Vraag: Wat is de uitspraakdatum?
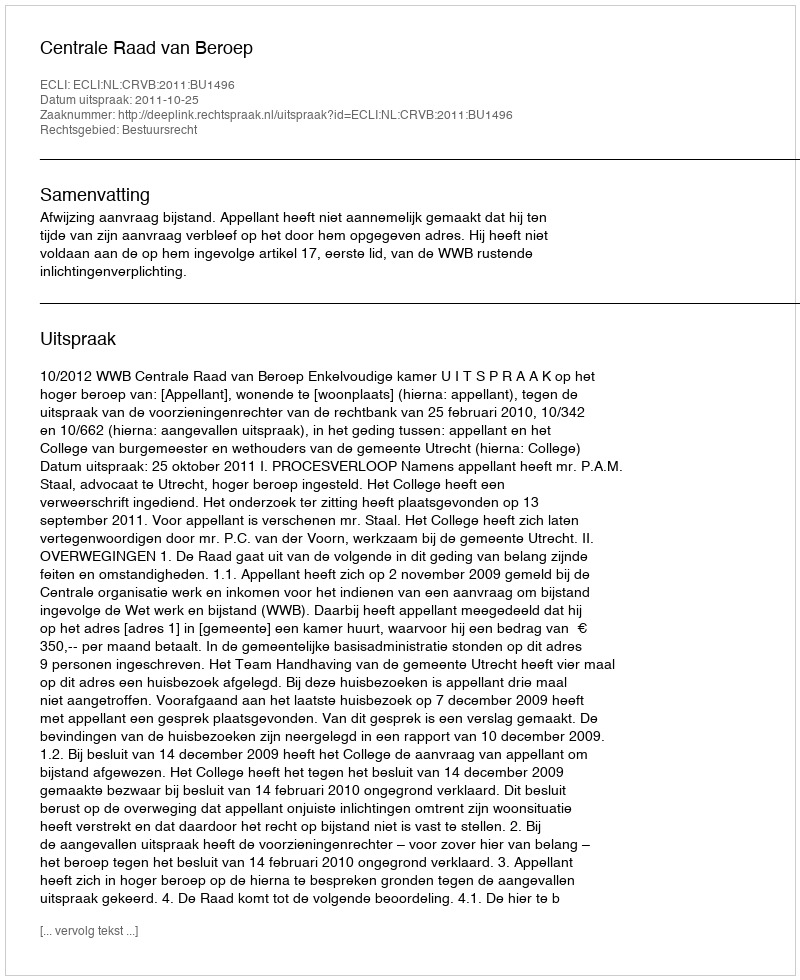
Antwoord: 2011-10-25